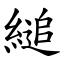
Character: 縋